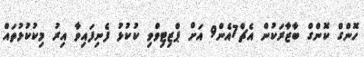
ހޮންގް ކޮންގް ބާޒާރަކުން އެޗް7އެން9 އަށް ޕްޒިޓިވްވި ކުކުޅު ފެނިފައިވާ އިރު މިކުކުޅުތައް